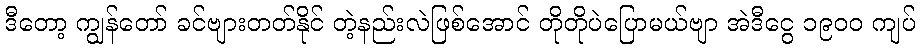
ဒီတော့ ကျွန်တော် ခင်ဗျားတတ်နိုင် တဲ့နည်းလဲဖြစ်အောင် တိုတိုပဲပြောမယ်ဗျာ အဲဒီငွေ ၁၉၀၀ ကျပ်